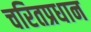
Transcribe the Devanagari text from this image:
चरितप्रधान